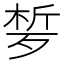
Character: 𣨗